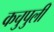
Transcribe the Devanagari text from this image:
कचुपुली